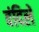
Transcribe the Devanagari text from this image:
वंदिलें